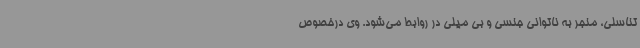
تناسلی، منجر به ناتوانی جنسی و بی میلی در روابط می‌شود. وی درخصوص